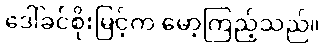
ဒေါ်ခင်စိုးမြင့်က မော့ကြည့်သည်။